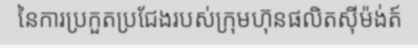
នៃការប្រកួតប្រជែងរបស់ក្រុមហ៊ុនផលិតស៊ីម៉ង់ត៍